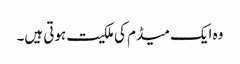
وہ ایک میڈم کی ملکیت ہوتی ہیں۔